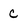
Character: c